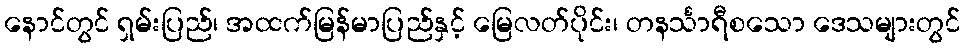
နောင်တွင် ရှမ်းပြည်၊ အထက်မြန်မာပြည်နှင့် မြေလတ်ပိုင်း၊ တနင်္သာရီစသော ဒေသများတွင်